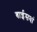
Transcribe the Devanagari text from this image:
बाईसवां